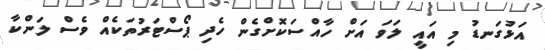
އަޅުގަނޑު މި އައީ ލަވަ އަށް ހާއްސަކޮށްގެން ހެދި ޕޯސްޓަރުތަކެއް ވެސް ލަންކާ